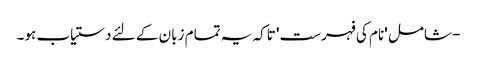
- شامل 'نام کی فہرست' تاکہ یہ تمام زبان کے لئے دستیاب ہو۔